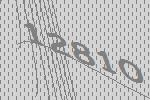
12810